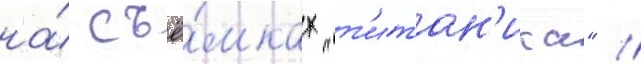
на́ съё́мках "т'итан'ика" //